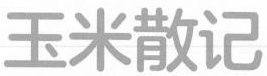
玉米散记